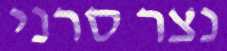
נצר סרני